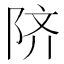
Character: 𬯀